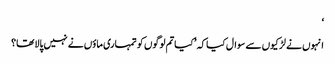
‘
انہوں نے لڑکیوں سے سوال کیا کہ ’کیا تم لوگوں کو تمہاری ماؤں نے نہیں پالا تھا؟